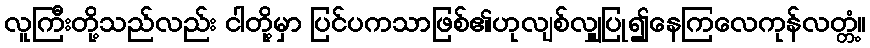
လူကြီးတို့သည်လည်း ငါတို့မှာ ပြင်ပကသာဖြစ်၏ဟုလျစ်လျှူပြု၍နေကြလေကုန်လတ္တံ့။